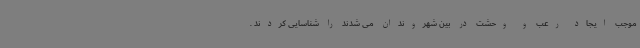
موجب ایجاد رعب و وحشت در بین شهروندان می شدند را شناسایی کردند .